Scientific memoirs by medical officers of the Army of India - Part VI,
Year: 1891
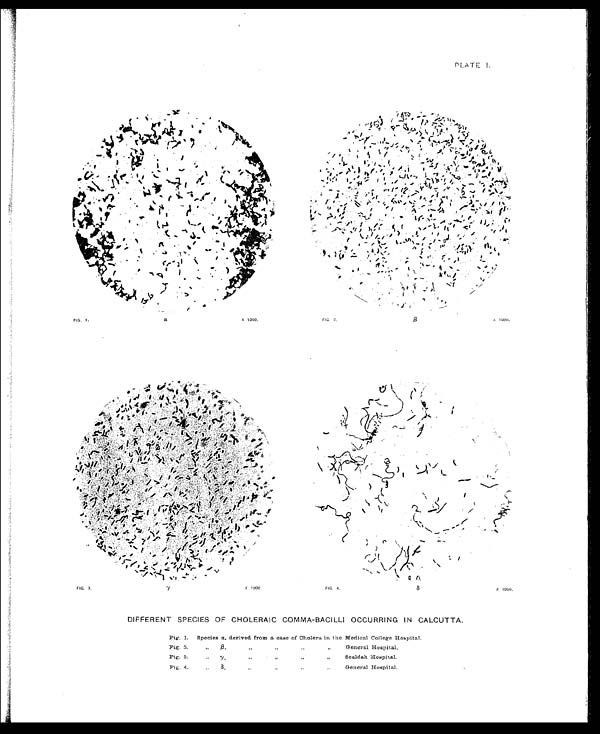
PLATE I.
DIFFERENT SPECIES OF CHOLERAIC COMMA-BACILLI OCCURRING IN CALCUTTA.
Pig. 1.
Species α, derived from a case of Cholera in the Medical College Hospital.
Fig. 3.
" β,
" " " " G e n e r a l H o s p i t a l .
Fig. 3.
" γ,
" " " " Sealdah Hospital.
Fig. 4.
"
δ,
" " " " General Hospital.